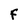
Character: F